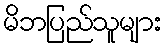
မိဘပြည်သူများ